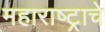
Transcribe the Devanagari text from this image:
महाराष्‍ट्राचे